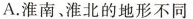
A.淮南、淮北的地形不同